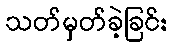
သတ်မှတ်ခဲ့ခြင်း